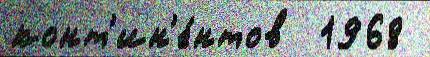
конт'ин'е́нтов  1968